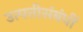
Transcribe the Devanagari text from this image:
उत्पत्तीसंबंधीं